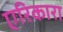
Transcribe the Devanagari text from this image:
एरिकारा